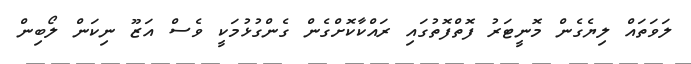
ލަވަތައް ލިޔެގެން މޮނީޓަރު ފޮތްފޮތުގައި ރައްކާކޮށްގެން ގެންގުޅުމަކީ ވެސް އަޒޫ ނިކަން ލޯބިން